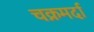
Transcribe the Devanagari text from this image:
चक्रमर्दा